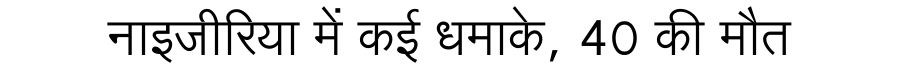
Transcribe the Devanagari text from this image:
नाइजीरिया में कई धमाके, 40 की मौत